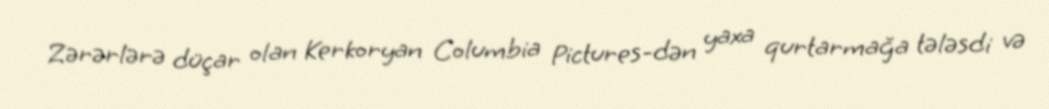
Zərərlərə düçar olan Kerkoryan Columbia Pictures-dən yaxa qurtarmağa tələsdi və